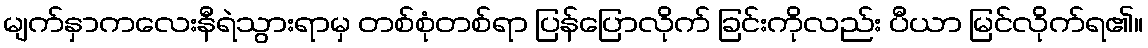
မျက်နှာကလေးနီရဲသွားရာမှ တစ်စုံတစ်ရာ ပြန်ပြောလိုက် ခြင်းကိုလည်း ပီယာ မြင်လိုက်ရ၏။